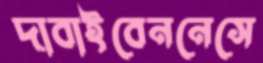
দাবাইবেননেসে